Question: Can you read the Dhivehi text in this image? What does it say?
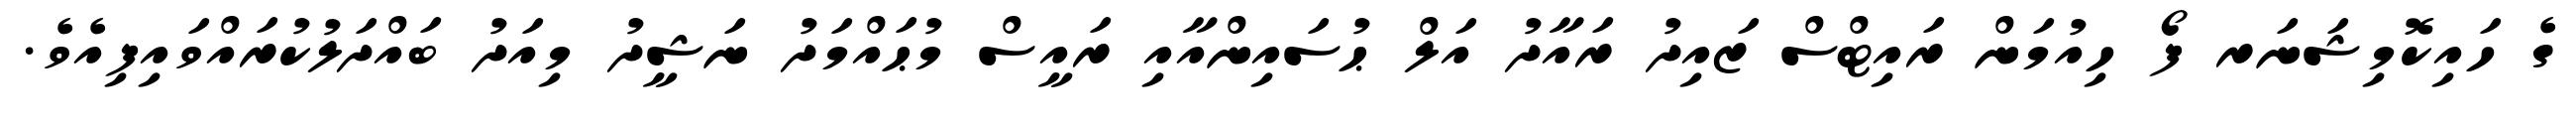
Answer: ގެ ހައިކޮމިޝަނަރ ފޯ ހިއުމަން ރައިޓްސް ޒައިދު ރައާދު އަލް ޙުސައިންއާއި ރައީސް މުޙައްމަދު ނަޝީދު މިއަދު ބައްދަލުކުރައްވައިފިއެވެ.